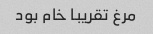
مرغ تقریبا خام بود